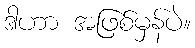
ဒါဟာ အဖြစ်မှန်ပဲ။